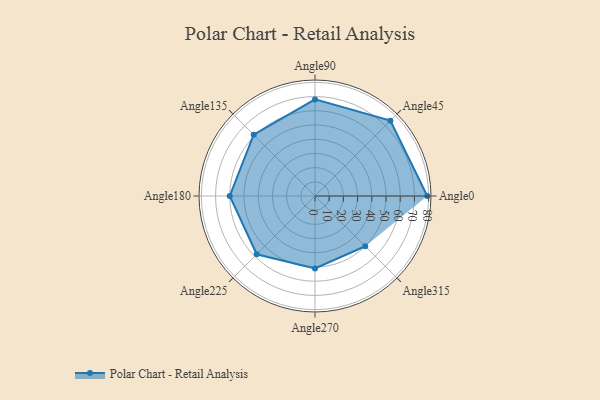
{"axis": {"x": "Angle", "y": "Radius"}, "legend": [""], "data": [{"x": "Angle0", "y": 79.0, "type": ""}, {"x": "Angle45", "y": 75.0, "type": ""}, {"x": "Angle90", "y": 68.0, "type": ""}, {"x": "Angle135", "y": 61.0, "type": ""}, {"x": "Angle180", "y": 60.0, "type": ""}, {"x": "Angle225", "y": 58.0, "type": ""}, {"x": "Angle270", "y": 51.0, "type": ""}, {"x": "Angle315", "y": 50, "type": ""}]}